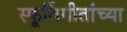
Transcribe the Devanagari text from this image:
स्फूर्तिगीतांच्या